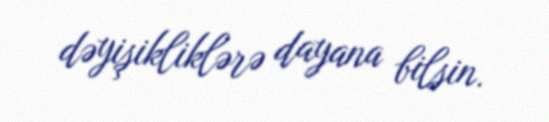
dəyişikliklərə dayana bilsin.